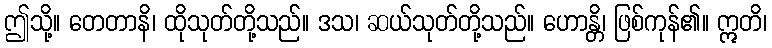
ဤသို့။ တေတာနိ၊ ထိုသုတ်တို့သည်။ ဒသ၊ ဆယ်သုတ်တို့သည်။ ဟောန္တိ၊ ဖြစ်ကုန်၏။ ဣတိ၊